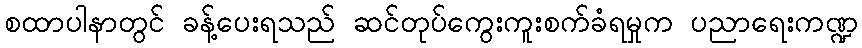
စထာပါနာတွင် ခန့်ပေးရသည် ဆင်တုပ်ကွေးကူးစက်ခံရမှုက ပညာရေးကဏ္ဍ